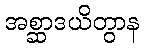
အစ္ဆာဒယိတွာန